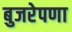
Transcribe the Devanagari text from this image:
बुजरेपणा